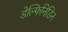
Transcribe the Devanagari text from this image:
डेल्फिनिडिन